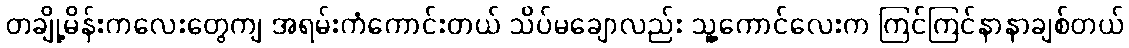
တချို့မိန်းကလေးတွေကျ အရမ်းကံကောင်းတယ် သိပ်မချောလည်း သူ့ကောင်လေးက ကြင်ကြင်နာနာချစ်တယ်